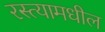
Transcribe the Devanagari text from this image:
रस्त्यामधील